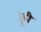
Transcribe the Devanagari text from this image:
फ्र्र्र्री